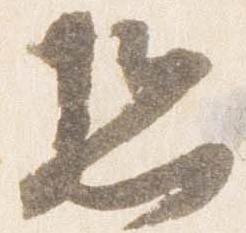
恐